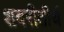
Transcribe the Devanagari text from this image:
शबरीतीर्थ